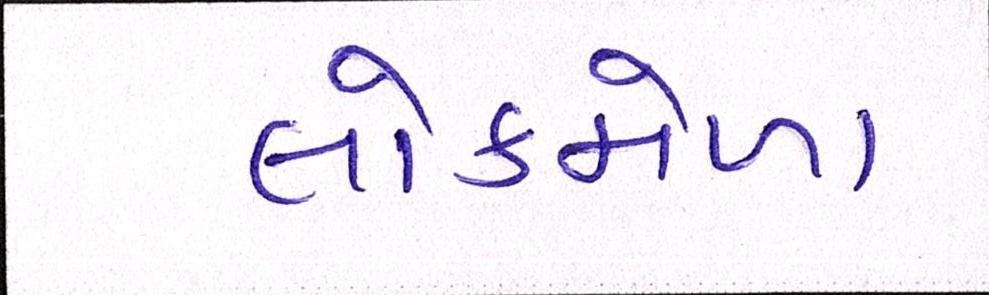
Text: લોકમેળા